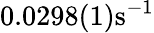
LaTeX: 0.0298(1)\textrm{s}^{-1}